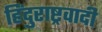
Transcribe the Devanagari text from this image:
हिंदुराष्ट्रवादी